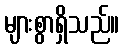
များစွာရှိသည်။